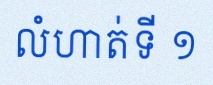
លំហាត់ទី ១